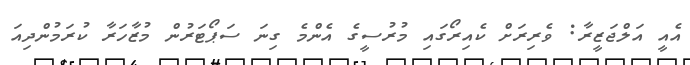
އެއީ އަލްޖަޒީރާ: ވެރިރަށް ކެއިރޯގައި މުރުސީގެ އެންމެ ގިނަ ސަޕޯޓަރުން މުޒާހަރާ ކުރަމުންދިއަ